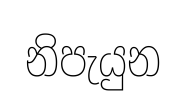
නිපැයුන